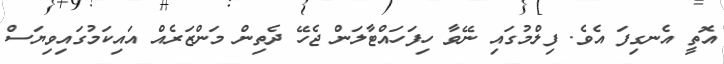
އޮތީ އެނގިފަ އެވެ. ފިލްމުގައި ނޭވާ ހިފަހައްޓާލަން ޖެހޭ ދެތިން މަންޒަރެއް އައިކަމުގައިވިޔަސް